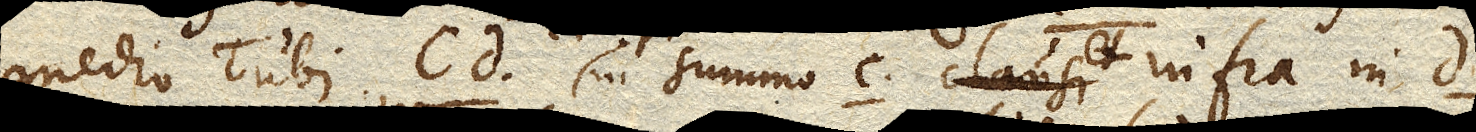
medio Tubi cd in summo c et infra in d